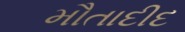
મૌતાદીદ